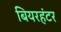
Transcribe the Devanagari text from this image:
बियरहंटर